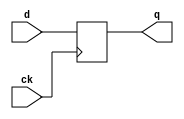
module dff(q,d,ck);
  
  input d,ck;
  output q;
  reg q;
  
  always @(posedge ck)
    q=d;
endmodule